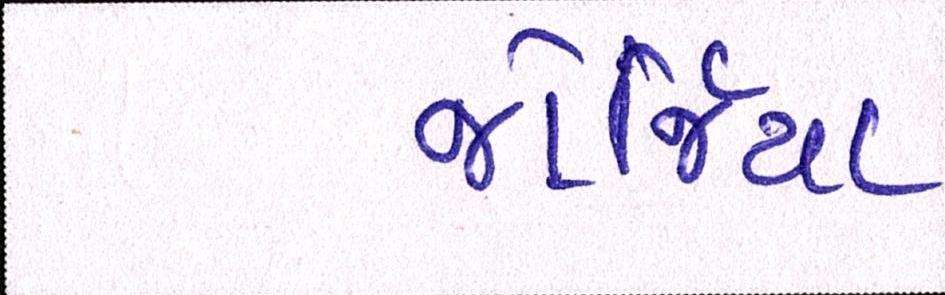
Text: જોર્જિયા